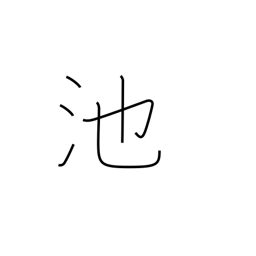
Meaning: pond